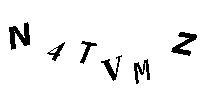
N4TVMZ